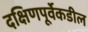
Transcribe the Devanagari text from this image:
दक्षिणपूर्वेकडील